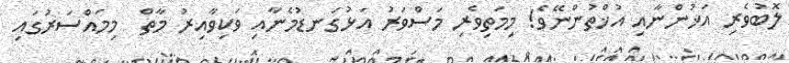
ލޮބުވެރި އަޚުންނާއި އުޚްތުންނޭވެ! މިމަތިވެރި މަސްވަރު އަޅުގަނޑުމެނާއި ވަކިވާއިރު މާތް  މިމައްސަރުގައި